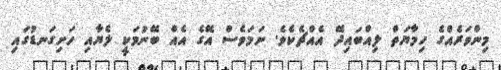
މިންވަރެއްގެ ހިމާޔަތް ލިއްބައިދޭ އެއްޗެކެވެ. ނަމަވެސް އޭގެ އެއް ބޭނުމަކީ ލެޔާއި ހަށިގަނޑުގައި